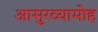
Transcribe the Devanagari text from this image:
आसुरव्यामोह